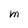
Character: M